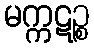
မက္ကဋဉ္စ